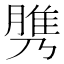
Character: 𦞾